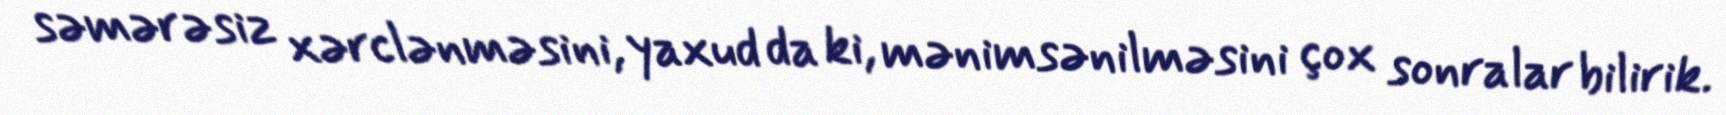
səmərəsiz xərclənməsini, yaxud da ki, mənimsənilməsini çox sonralar bilirik.